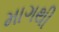
માગથી